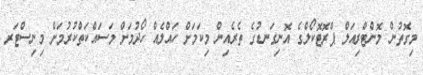
މިގޮތުން މޮންޓްރިއަލް ޕްރޮޓޮކޯލްގެ އޮނިގަނޑުގެ ތެރެއިން މިކަމަށް ހައްލެއް ހޯދުމަށް މަސައްކަތްކުރުމަށް މިނިސްޓަރ